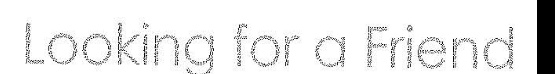
Looking for a Friend